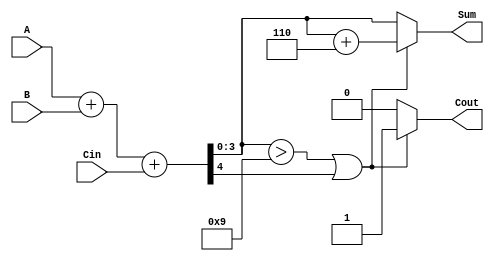
module BCD_Hybrid_Adder (
    input  wire [3:0] A,        // First BCD digit
    input  wire [3:0] B,        // Second BCD digit
    input  wire       Cin,       // Carry input
    output reg  [3:0] Sum,       // BCD sum output
    output reg       Cout        // Carry output
);
    
    wire [4:0] binary_sum;       // 5-bit binary sum (to capture carry)
    wire       correction;        // Correction needed
    
    // Binary addition of A, B, and Cin
    assign binary_sum = A + B + Cin;
    
    // Check if the binary sum exceeds BCD max (9)
    assign correction = (binary_sum[3:0] > 4'b1001) || binary_sum[4];
    
    always @(*) begin
        if (correction) begin
            // BCD correction by adding 6
            Sum = binary_sum[3:0] + 4'b0110; // Add 6 for correction
            Cout = 1;                         // Set carry out
        end else begin
            Sum = binary_sum[3:0];            // No correction needed
            Cout = 0;                          // No carry out
        end
    end
    
endmodule